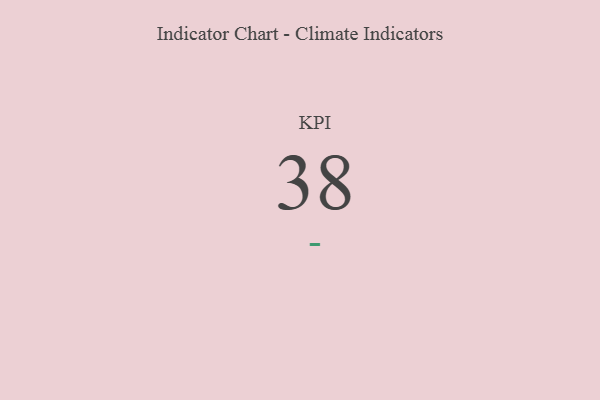
{"axis": {"x": "KPI", "y": "Value"}, "legend": [""], "data": [{"x": "KPI", "y": 38, "type": ""}]}